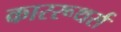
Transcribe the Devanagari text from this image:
काररूथर्स